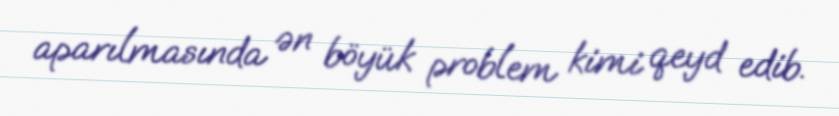
aparılmasında ən böyük problem kimi qeyd edib.